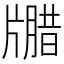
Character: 𪺦